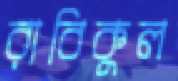
রাবিকুল